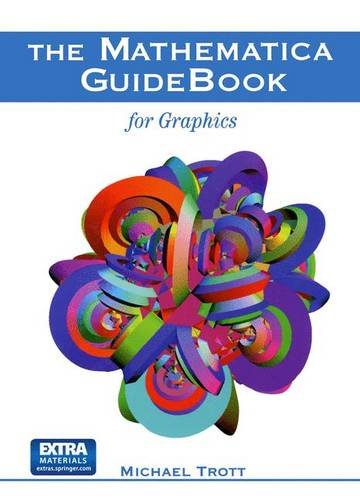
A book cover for The Mathematica GuideBook for Graphics; Michael Trott; Computers & Technology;